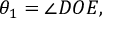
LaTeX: \theta _ { 1 } = \angle D O E ,